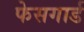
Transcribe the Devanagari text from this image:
फेसगार्ड